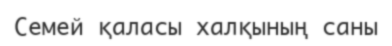
Семей қаласы халқының саны